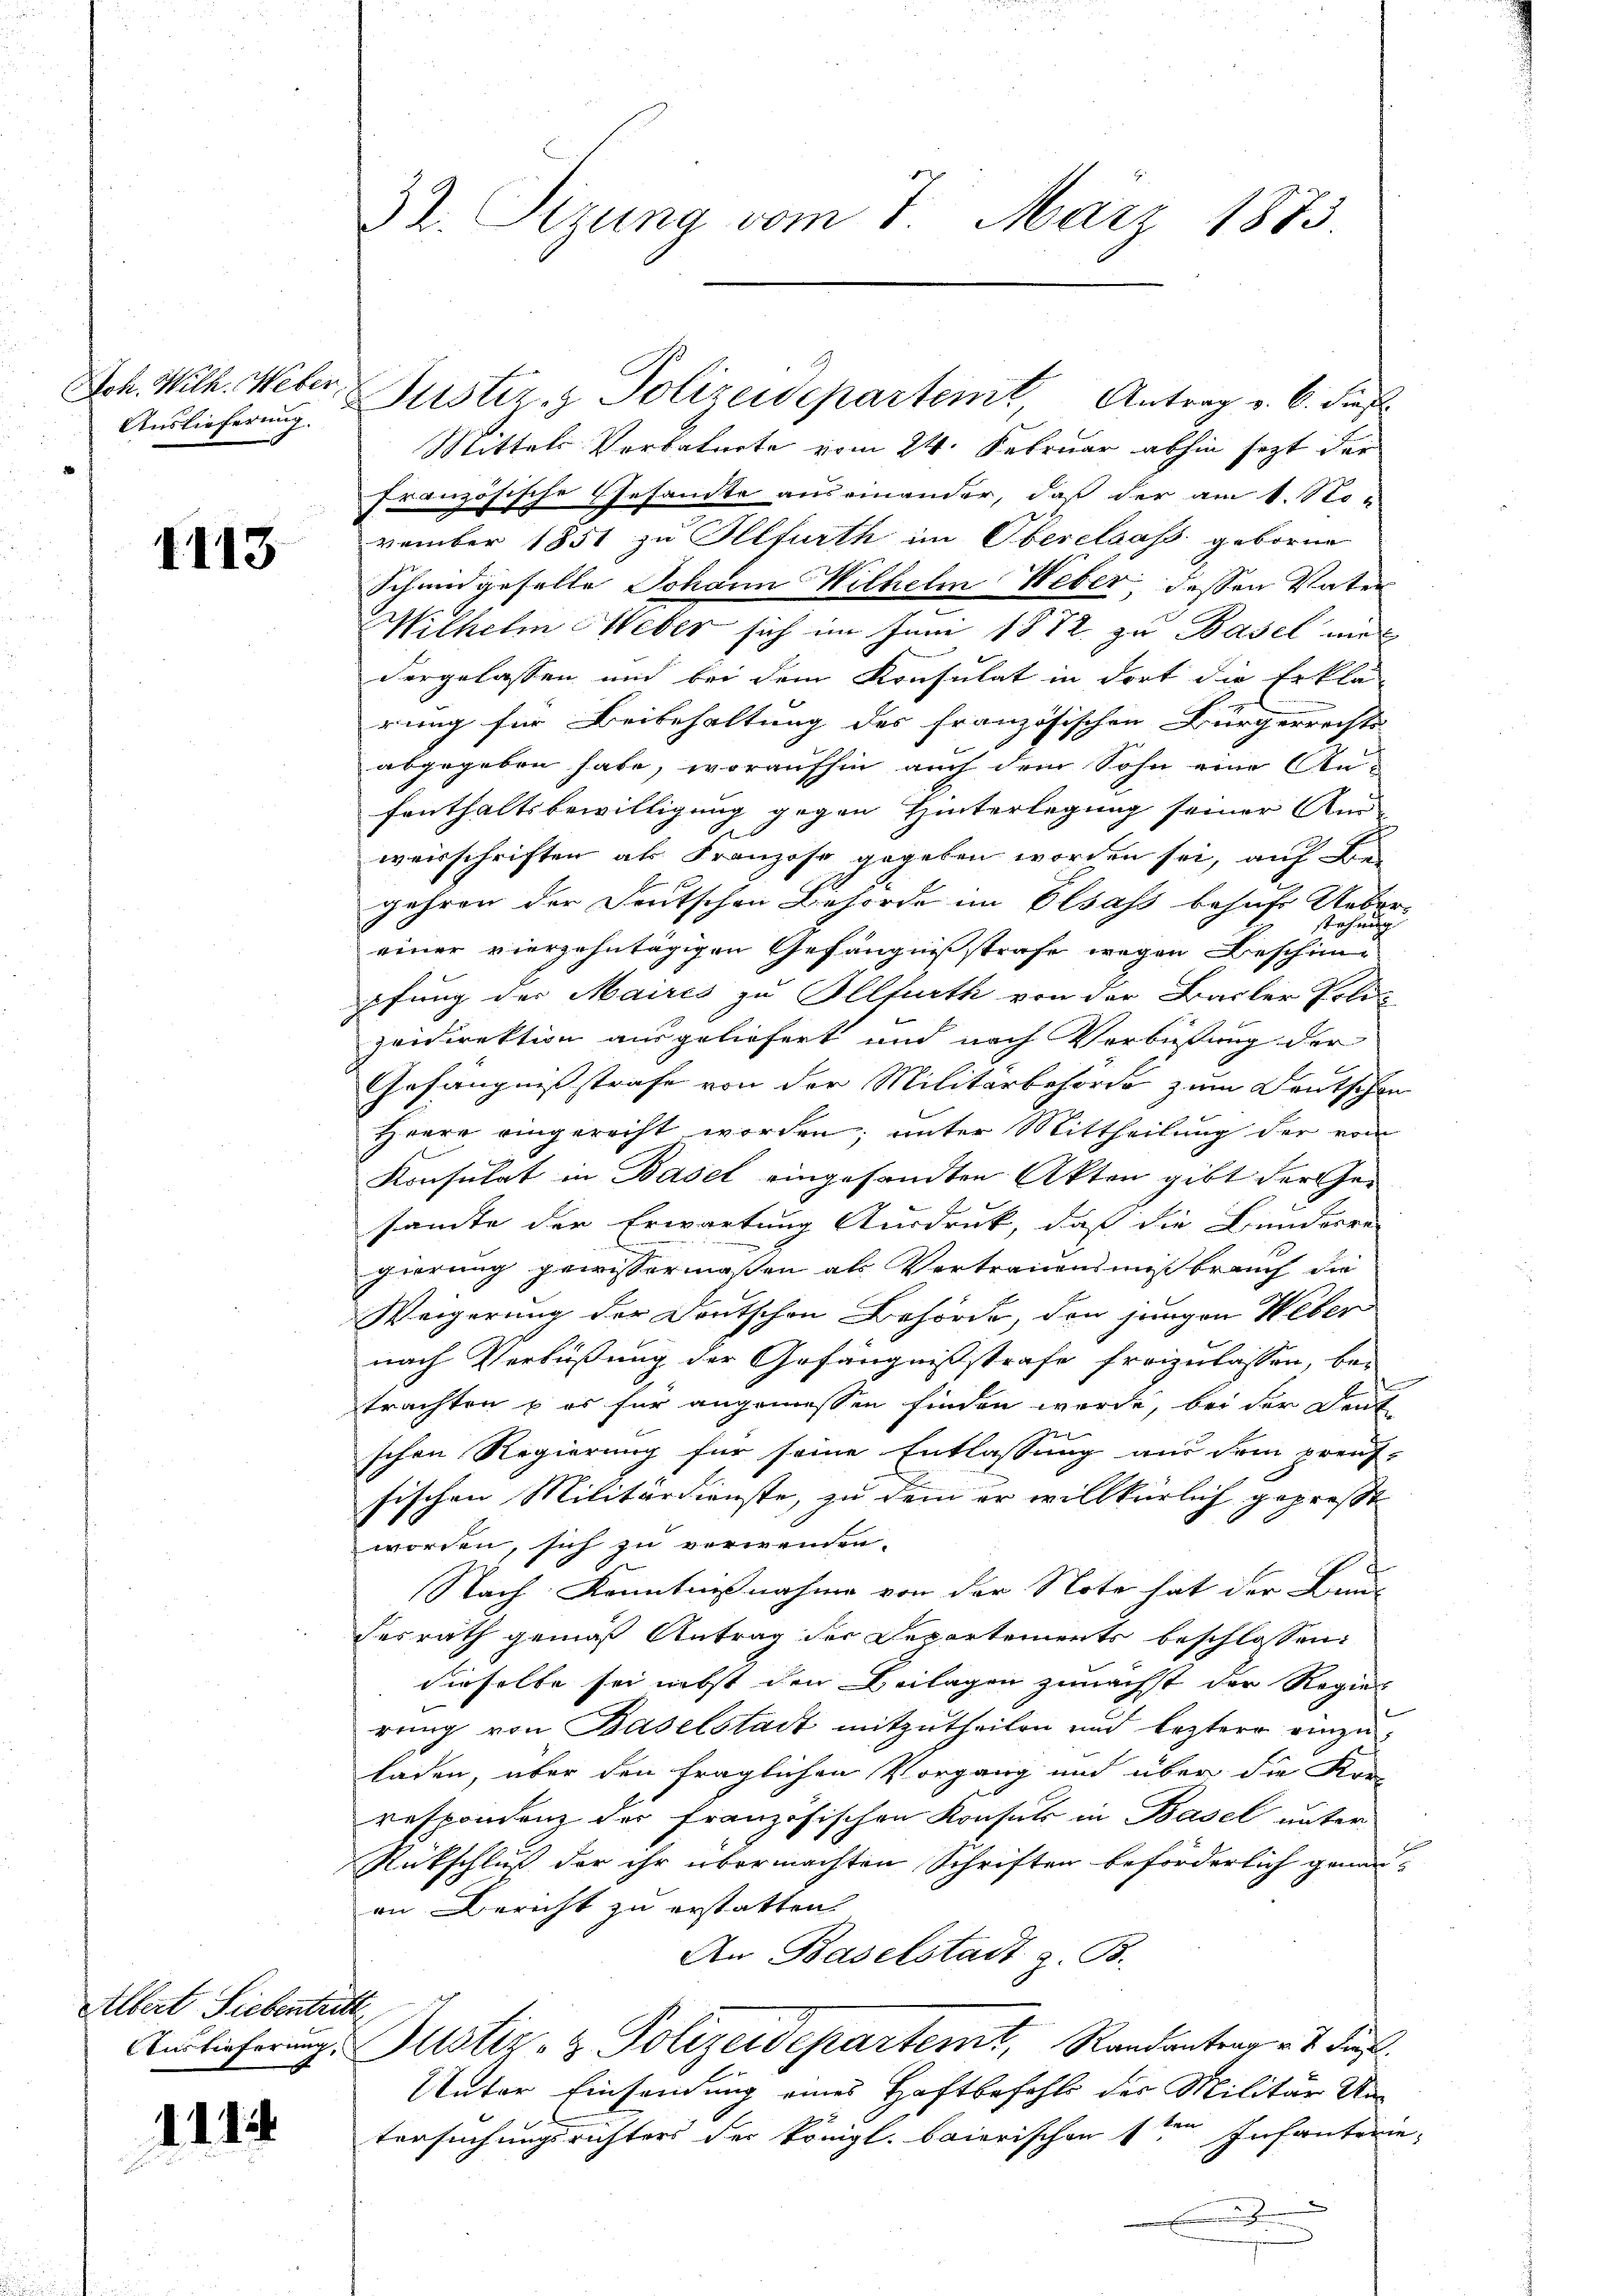
Auslieferung.

1113

Albert Siebentritt

114

Mittels Verbatirte vom 24. Februar abhin sezt der
französische Gesandte auseinander, daß der am 1. Sto-
vember 1851 zu Illfurth im Oberelsass geborne
Schandgeselle Johann Wilhelm Weber dessen Vater
Wilhelm Weber sich im Inne 1872 zu Basel wie
dergelassen und bei dem Konsulat in dort die Erklä-
rung für Beibehaltung des französischen Bürgerrechts
abgegeben habe, woraufhin auch dem Sohn eine An-
fenthaltsbewilligung gegen Hinterlegung seiner An-
weisschriften als Franzose gegeben worden sei, auf Be-
gehren der Deutschen Behörde im Elsass behufs Ueber
einer vierzehntägigen Gefängnißstrafe wegen Beschini
pfung der Maires zu Illfurth von der Basler Poli-
zeidirektion ausgeliefert und nach Verbüstung der
Gefängnissstrafe von der Militärbehörde zum Deutschen
Heere eingerecht worden; unter Mittheilung der vom
Konsulat in Basel eingesandten Akten gibt der Gesante der Erwartung Ausdruck, daß die Bunderre
gierung gewissermaßen als Vertrauensmißbrauch die
Weigerung der Deutschen Behörde, den jungen Weber
nach Verbüßung der Gefängnissstrafe freizulassen, bei
trachten u es für angemessen finden werde, bei der Deut
schen Regierung für seine Entlassung aus dem preuf-
sischen Militärdienste, zu dem er willkürlich gepreßt
worden, sich zu verwenden.
Nach Kenntnißnahme von der Note hat der Bun-
desrath gemäß Antrag der Departements beschlossen:
dieselbe sei nebst den Beilagen zunächst der Regier-
rung von Baselstadt mitzutheilen und leztere einzuladen, über den fraglichen Vorgang und über die Kre-
respondenz der französischen Konsuls in Basel unter
Rückschluß der ihr übermachten Schriften beförderlich genauan Bericht zu erstatten.
An Baselstadt z. B.
Auslieferung. Justiz- & Polizeidepartemt, Randantrag v. 2. Fre
Unter Einsendung eines Haftbefehls des Militär Untersuchungsrichters der königl. baierischen sten Infanterie-
.

32. Sizung vom 7. März 1883.

Joh. Wilh. Weber Justiz & Polizeideparten, Antrag v. 6. dies